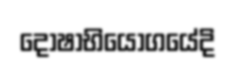
දෝෂාභියෝගයේදි